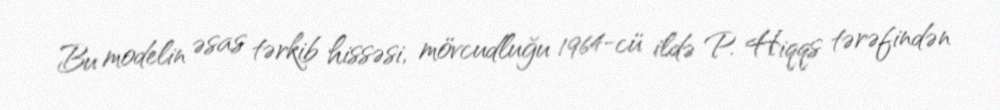
Bu modelin əsas tərkib hissəsi, mövcudluğu 1964-cü ildə P. Hiqqs tərəfindən